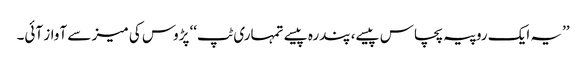
’’یہ ایک روپیہ پچاس پیسے، پندرہ پیسے تمہاری ٹپ‘‘ پڑوس کی میز سے آواز آئی۔